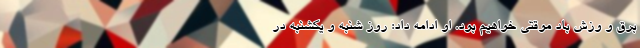
برق و وزش باد موقتی خواهیم بود. او ادامه داد: روز شنبه و یکشنبه در